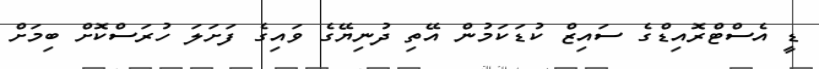
ޑީ އެސްޓްރޮއިޑްގެ ސައިޒް ކުޑަކަމުން އޭތި ދުނިޔޭގެ ވައިގެ ފަށަލަ ހުރަސްކޮށް ބިމަށް